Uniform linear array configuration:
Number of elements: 32
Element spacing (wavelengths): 0.25
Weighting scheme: hann
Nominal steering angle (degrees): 45
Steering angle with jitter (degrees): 46.485
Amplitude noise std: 0.05
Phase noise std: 0.05

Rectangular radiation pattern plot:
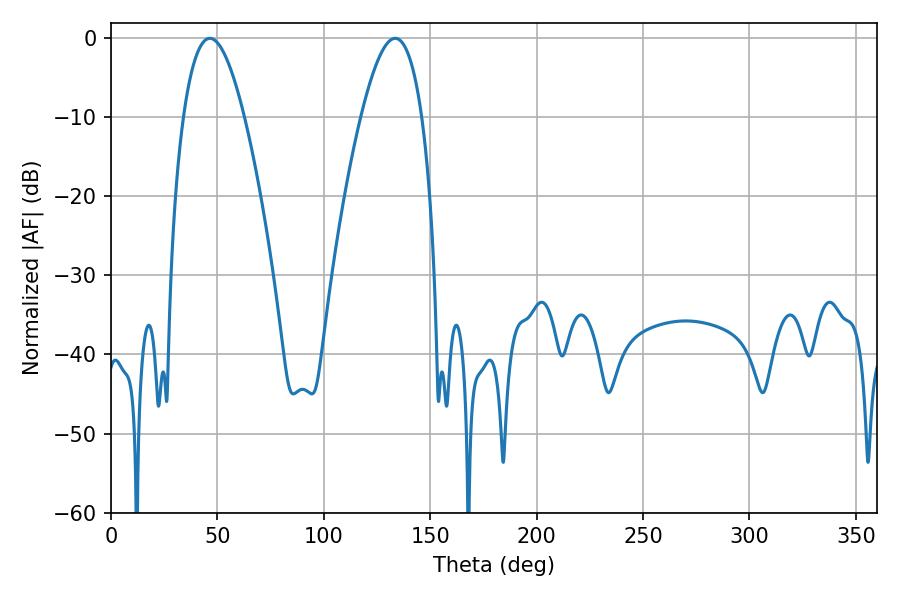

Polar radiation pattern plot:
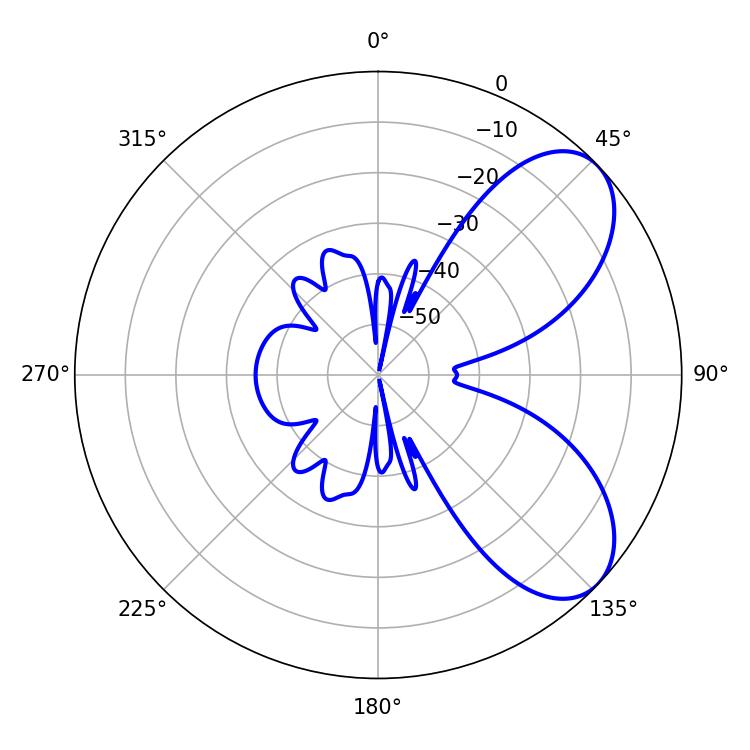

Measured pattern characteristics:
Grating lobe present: FALSE
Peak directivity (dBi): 6.667
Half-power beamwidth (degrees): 15.66
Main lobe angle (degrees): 46.44